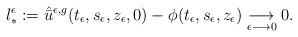
LaTeX: \begin{align*} l_*^\epsilon:=\hat{\bar u}^{\epsilon,g}(t_\epsilon,s_\epsilon,z_\epsilon,0)-\phi(t_\epsilon,s_\epsilon,z_\epsilon) \underset{\epsilon \longrightarrow 0}{\longrightarrow} 0.\end{align*}